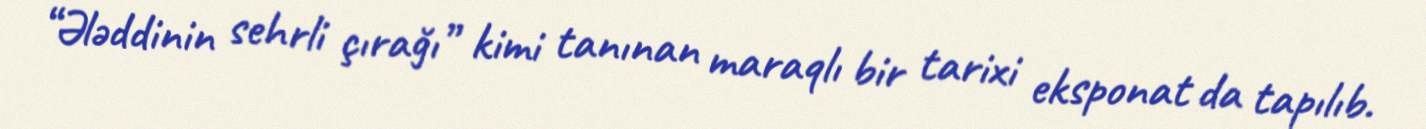
“Ələddinin sehrli çırağı” kimi tanınan maraqlı bir tarixi eksponat da tapılıb.